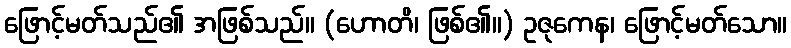
ဖြောင့်မတ်သည်၏ အဖြစ်သည်။ (ဟောတိ၊ ဖြစ်၏။) ဥဇုကေန၊ ဖြောင့်မတ်သော။